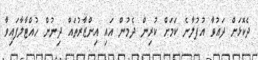
ދެކޮޅަށް ދައުވާ އުފުލާނެ ކަމަށް ކުރިން ދެމުން އައި އިންޒާރުތައް ދިނުން ހުއްޓާލާފައިވާ